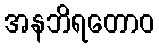
အနဘိရတောဝ